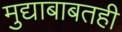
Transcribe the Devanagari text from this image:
मुद्याबाबतही